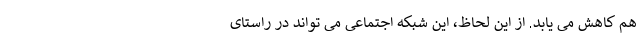
هم کاهش می یابد. از این لحاظ، این شبکه اجتماعی می تواند در راستای